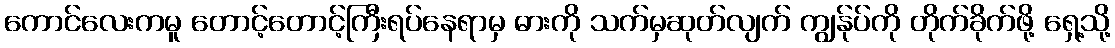
ကောင်လေးကမူ တောင့်တောင့်ကြီးရပ်နေရာမှ ဓားကို သက်မှဆုတ်လျက် ကျွန်ုပ်ကို တိုက်ခိုက်ဖို့ ရှေ့သို့